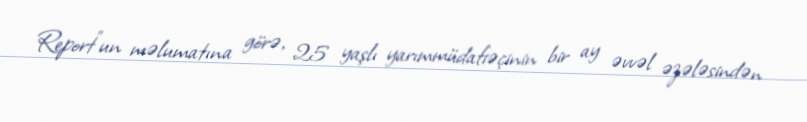
Report"un məlumatına görə, 25 yaşlı yarımmüdafiəçinin bir ay əvvəl əzələsindən